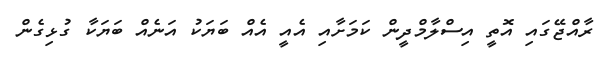
ރާއްޖޭގައި އޮތީ އިސްލާމްދީން ކަމަށާއި އެއީ އެއް ބަޔަކު އަނެއް ބަޔަކާ ގުޅިގެން